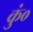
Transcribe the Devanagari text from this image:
कुं०